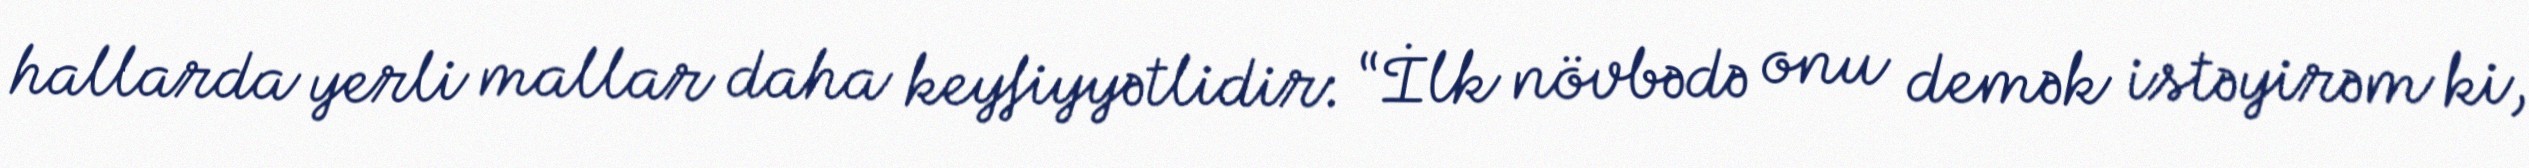
hallarda yerli mallar daha keyfiyyətlidir: “İlk növbədə onu demək istəyirəm ki,